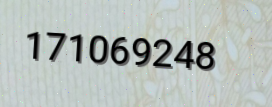
171069248